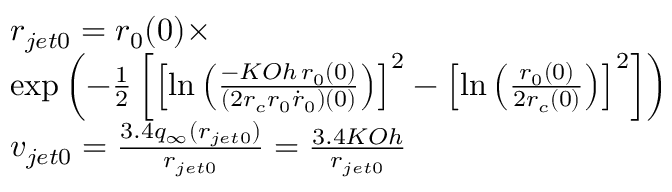
\begin{array} { r l } & { r _ { j e t 0 } = r _ { 0 } ( 0 ) \times } \\ & { \exp \left( - \frac { 1 } { 2 } \left[ \left[ \ln \left( \frac { - K O h \, r _ { 0 } ( 0 ) } { \left( 2 r _ { c } r _ { 0 } \dot { r } _ { 0 } \right) ( 0 ) } \right) \right] ^ { 2 } - \left[ \ln \left( \frac { r _ { 0 } ( 0 ) } { 2 r _ { c } ( 0 ) } \right) \right] ^ { 2 } \right] \right) } \\ & { v _ { j e t 0 } = \frac { 3 . 4 q _ { \infty } ( r _ { j e t 0 } ) } { r _ { j e t 0 } } = \frac { 3 . 4 K O h } { r _ { j e t 0 } } } \end{array}